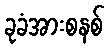
ခုခံအားစနစ်